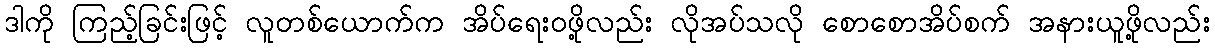
ဒါကို ကြည့်ခြင်းဖြင့် လူတစ်ယောက်က အိပ်ရေးဝဖို့လည်း လိုအပ်သလို စောစောအိပ်စက် အနားယူဖို့လည်း